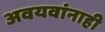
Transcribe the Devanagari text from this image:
अवयवांनाही